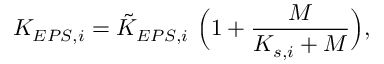
K _ { E P S , i } = \tilde { K } _ { E P S , i } \ \Big ( 1 + \frac { M } { K _ { s , i } + M } \Big ) ,